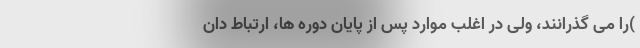
)را می گذرانند، ولی در اغلب موارد پس از پایان دوره ها، ارتباط دان